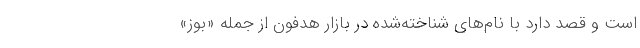
است و قصد دارد با نام‌های شناخته‌شده در بازار هدفون از جمله «بوز»